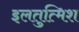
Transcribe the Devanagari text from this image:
इलतुत्मिश